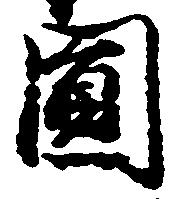
円